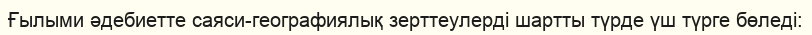
Ғылыми әдебиетте саяси-географиялық зерттеулерді шартты түрде үш түрге бөледі: